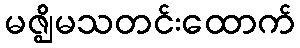
မဇ္ဈိမသတင်းထောက်